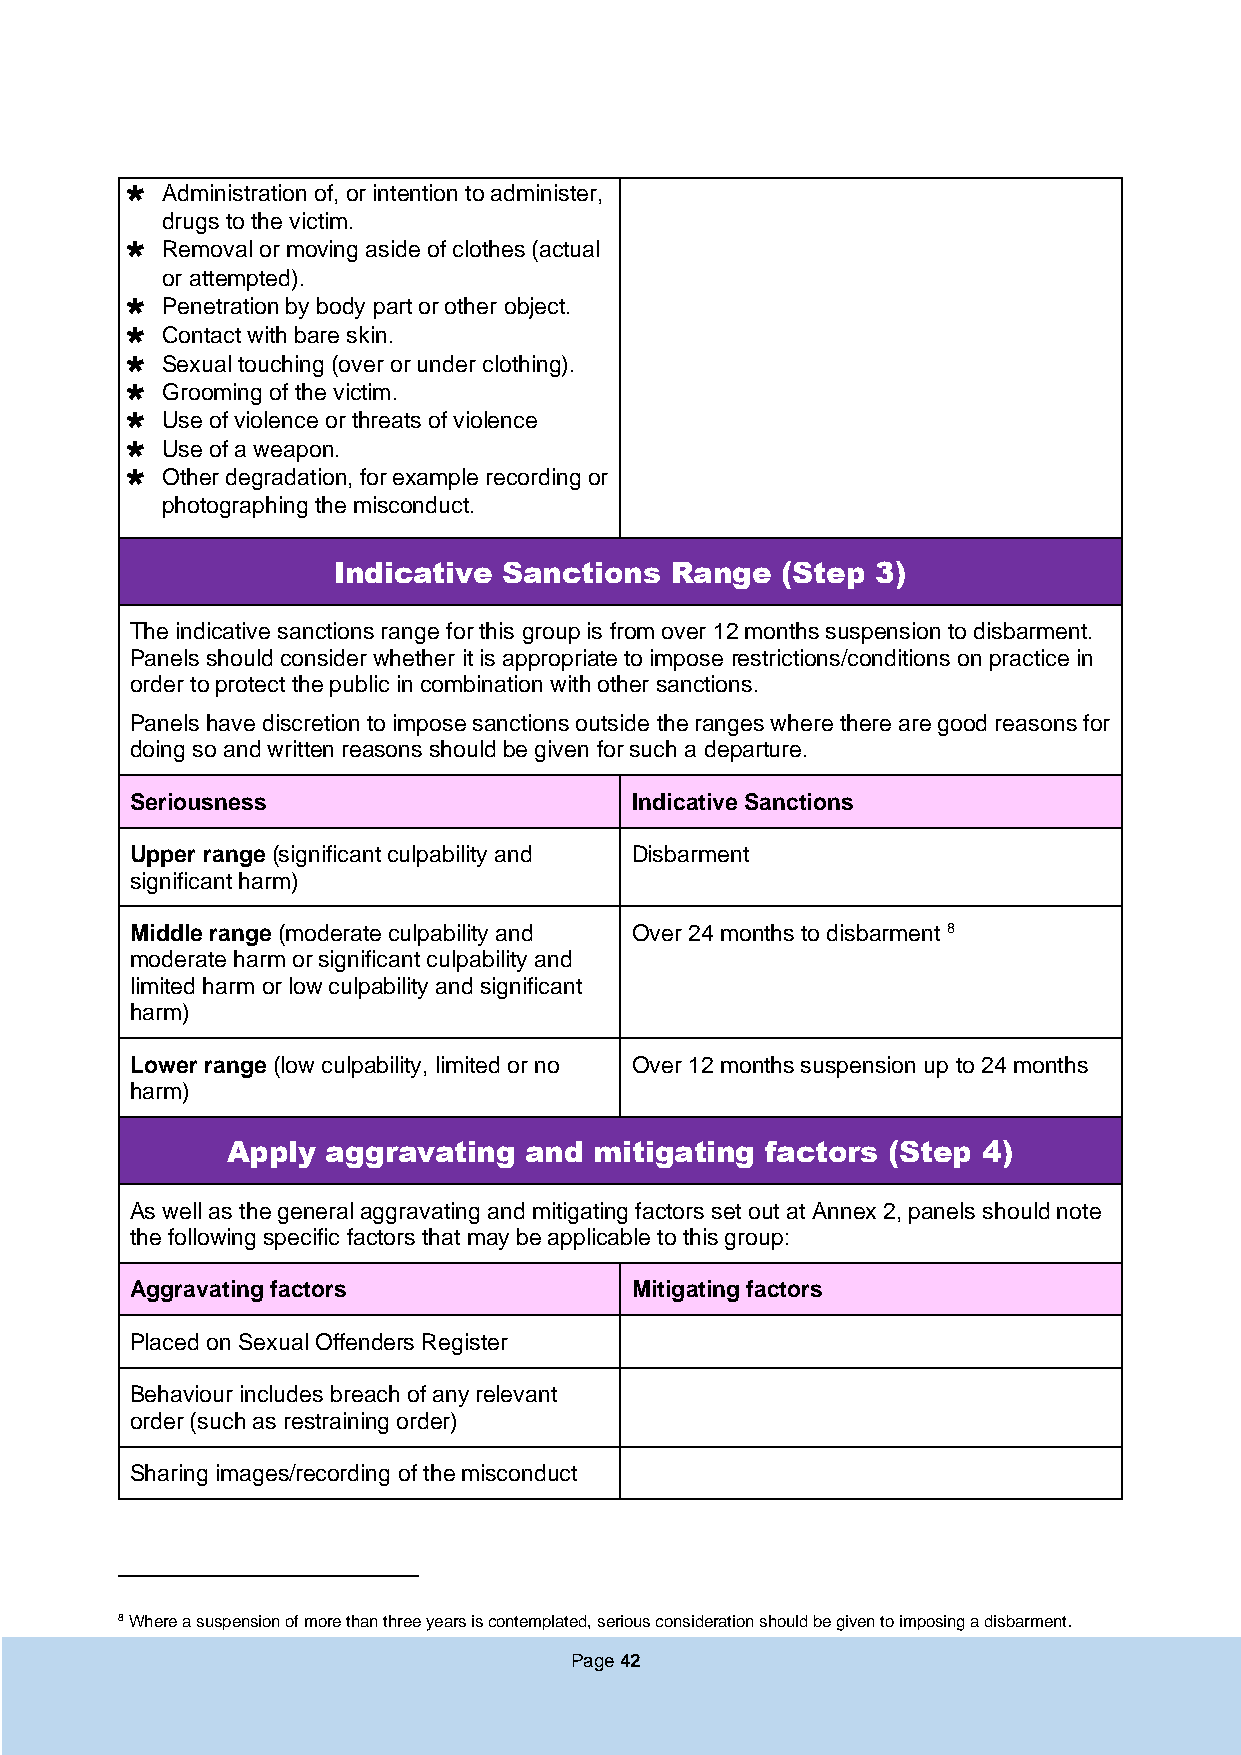
  Administration of, or intention to administer,
 drugs to the victim.
   Removal or moving aside of clothes (actual
 or attempted).
   Penetration by body part or other object.
   Contact with bare skin.
   Sexual touching (over or under clothing).
   Grooming of the victim.
   Use of violence or threats of violence
   Use of a weapon.
   Other degradation, for example recording or
 photographing the misconduct.
 Indicative Sanctions  Range   (Step 3)
 The indicative sanctions range for this group is from over 12 months suspension to disbarment.
 Panels should consider whether it is appropriate to impose restrictions/conditions on practice in
 order to protect the public in combination with other sanctions.
 Panels have discretion to impose sanctions outside the ranges where there are good reasons for
 doing so and written reasons should be given for such a departure.
 Seriousness                      Indicative Sanctions
 Upper range (significant culpability and Disbarment
 significant harm)
 Middle range (moderate culpability and Over 24 months to disbarment 8
 moderate harm or significant culpability and
 limited harm or low culpability and significant
 harm)
 Lower range (low culpability, limited or no Over 12 months suspension up to 24 months
 harm)
 Apply  aggravating  and mitigating  factors (Step 4)
 As well as the general aggravating and mitigating factors set out at Annex 2, panels should note
 the following specific factors that may be applicable to this group:
 Aggravating factors              Mitigating factors
 Placed on Sexual Offenders Register
 Behaviour includes breach of any relevant
 order (such as restraining order)
 Sharing images/recording of the misconduct
 8 Where a suspension of more than three years is contemplated, serious consideration should be given to imposing a disbarment.
 Page 42